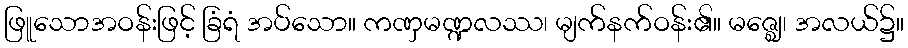
ဖြူသောအဝန်းဖြင့် ခြံရံ အပ်သော။ ကဏှမဏ္ဍလဿ၊ မျက်နက်ဝန်း၏။ မဇ္ဈေ၊ အလယ်၌။